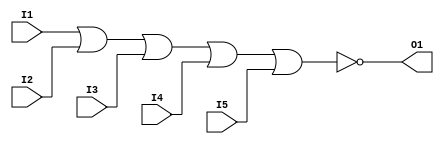
/*
 * $Id$
 */

//`define REG_DELAY 2
`define REG_DELAY 0

module part_74S260 (I1, I2, I3, I4, I5, O1);

  input I1, I2, I3, I4, I5;
  output O1;

//  assign #(`REG_DELAY) O1 = ! (I1 | I2 | I3 | I4 | I5);
  assign O1 = ! (I1 | I2 | I3 | I4 | I5);

endmodule